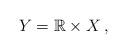
LaTeX: \begin{align*}Y=\mathbb{R}\times X\:,\end{align*}